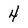
Character: 4